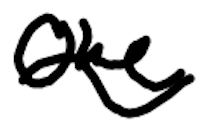
Text: one
Cross-out: wave
Writing tool: digital_black